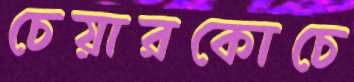
চেয়ারকোচে